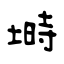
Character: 塒